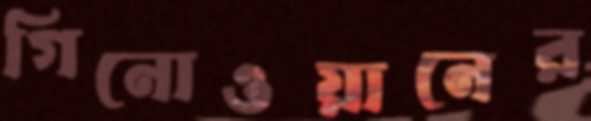
গিনোওয়ানের